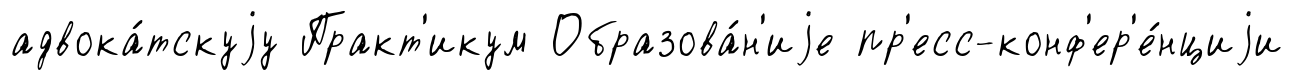
адвока́тскуjу Практ'икум Образова́н'иjе пр'есс-конф'ер'е́нциjи